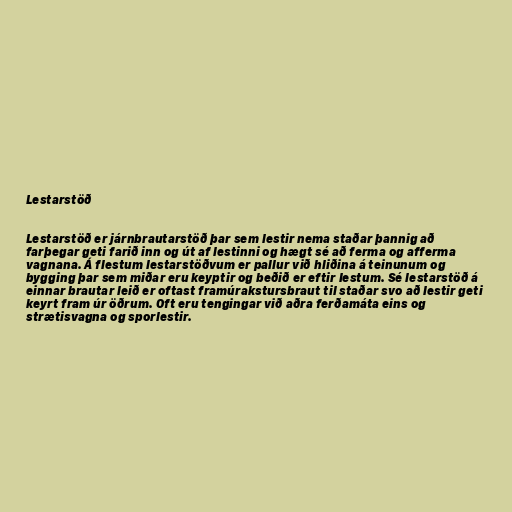
Lestarstöð

Lestarstöð er járnbrautarstöð þar sem lestir nema staðar þannig að
farþegar geti farið inn og út af lestinni og hægt sé að ferma og afferma
vagnana. Á flestum lestarstöðvum er pallur við hliðina á teinunum og
bygging þar sem miðar eru keyptir og beðið er eftir lestum. Sé lestarstöð á
einnar brautar leið er oftast framúrakstursbraut til staðar svo að lestir geti
keyrt fram úr öðrum. Oft eru tengingar við aðra ferðamáta eins og
strætisvagna og sporlestir.